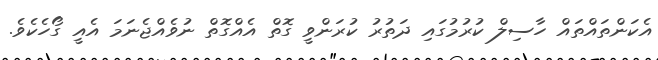
އެކަންތައްތައް ހާސިލް ކުރުމުގައި ދަތުރު ކުރަންވީ ގޮތް އެއްގޮތް ނުވެއްޖެނަމަ އެއީ ގޯހެކެވެ.